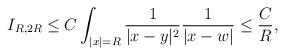
LaTeX: \begin{align*} I_{R,2R} \leq C \int_{|x|=R} \frac{1}{|x-y|^2} \frac{1}{|x-w|}\leq \frac{C}{R},\end{align*}